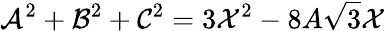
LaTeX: \mathcal{A}^{2}+\mathcal{B}^{2}+\mathcal{C}^{2}=3\mathcal{X}^{2}-8A\sqrt{3}\mathcal{X}